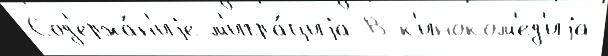
Сод'ержа́н'иjе м'игра́циjа В к'иноком'ед'иjа